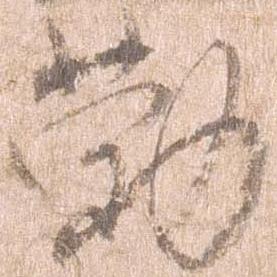
勤